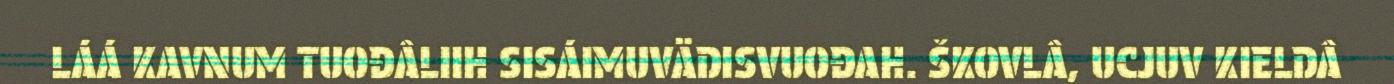
LÁÁ KAVNUM TUOĐÂLIIH SISÁIMUVÄDISVUOĐAH. ŠKOVLÂ, UCJUV KIELDÂ